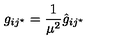
g _ { i j ^ { \star } } = { \frac { 1 } { \mu ^ { 2 } } } { \hat { g } } _ { i j ^ { \star } }